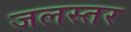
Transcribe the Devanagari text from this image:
जलस्‍तर